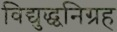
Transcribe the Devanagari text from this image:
विद्युद्ध्वनिग्रह